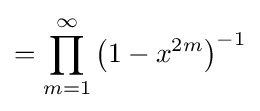
=\prod _{m=1}^{\infty }\left(1-x^{2m}\right)^{-1}